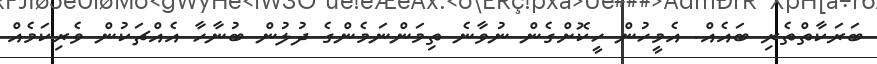
ބަރަކާތްތެރި ބައެއް. އެމީހުން ހީކޮށްގެން ނުވާނެ ތިމަންނަމެންގެ ދުލުން ބުނާހާ އެއްޗަކުން ވެރިކަމެއް